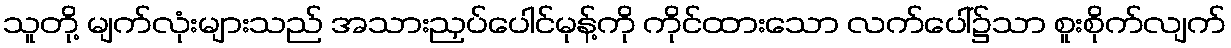
သူတို့ မျက်လုံးများသည် အသားညှပ်ပေါင်မုန့်ကို ကိုင်ထားသော လက်ပေါ်၌သာ စူးစိုက်လျက်